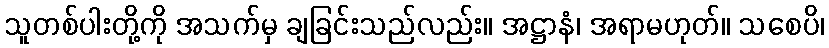
သူတစ်ပါးတို့ကို အသက်မှ ချခြင်းသည်လည်း။ အဋ္ဌာနံ၊ အရာမဟုတ်။ သစေပိ၊